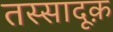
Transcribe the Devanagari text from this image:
तस्सादूक़